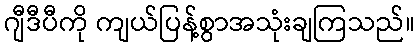
ဂျီဒီပီကို ကျယ်ပြန့်စွာအသုံးချကြသည်။